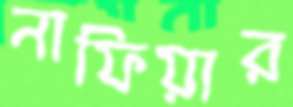
নাফিয়ার